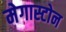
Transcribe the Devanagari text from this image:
मेगास्टोन